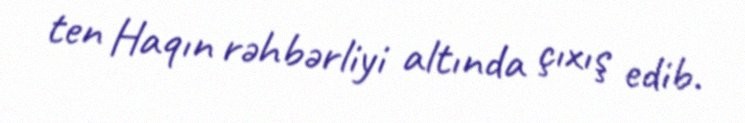
ten Haqın rəhbərliyi altında çıxış edib.